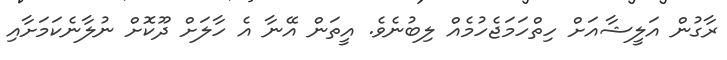
ރާގުން އަލީޝާއަށް ހިތްހަމަޖެހުމެއް ލިބުނެވެ. އީތަން އޭނާ އެ ހާލަށް ދޫކޮށް ނުލާނެކަމަށާއި